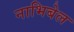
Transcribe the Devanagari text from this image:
नाभिबेल